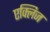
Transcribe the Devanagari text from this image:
एक्लिज